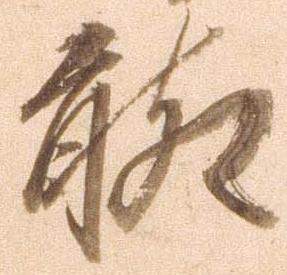
聊